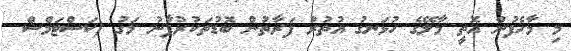
މި މާހެފުން އޮތީ މާލޭގެ ހުޅަނގު އުތުރު ފަރާތުން ބޮޑުތަކުރުފާނު މަގު (ކަސްޓަމްސް